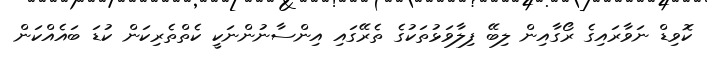
ކޮވިޑް ނަވާރައިގެ ރޯގާއިން ލިބޭ ފިލާވަޅުތަކުގެ ތެރޭގައި އިންސާނުންނަކީ ކެތްތެރިކަން ކުޑަ ބައެއްކަން